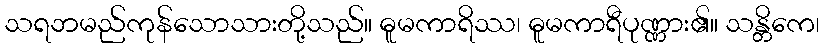
သရဘမည်ကုန်သောသားတို့သည်။ ဓူမကာရိဿ၊ ဓူမကာရီပုဏ္ဏား၏။ သန္တိကေ၊